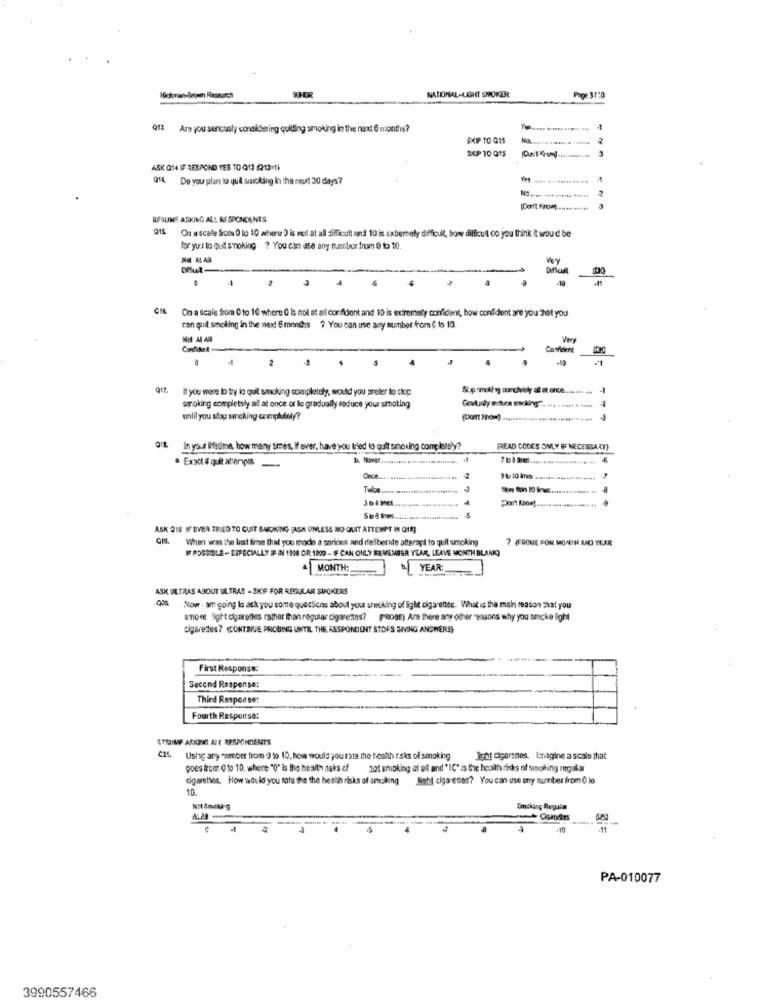
Hfichvan-Brown Research
SHER
NATIONAL-LIGHT SMOKER
Proe 31"D
012
Are you seriously considering quitting smoking in the next 6 months?
SKIP TO Q15
SKIP 10 Q15
ASK Q14 IF RESPOND TES TO Q13 (013-11
Q14 Do you plan to qui sarcking in the next 30 days?
RESUME ASKING ALL RESPONCENTS
215 Ou a scafle frons 0 to 10 where 0 is mol at all difficult and 10 is extremely difficult, how difficult co you think it woud be
for you lo quit smoking ? You can use any nurbur from 0 to 10.
-
.
3
On a scale from 0 to 10 where 0 is not at all cor fidont and 10 is extremely confidant, how confident are you that you
con quit smoking in the next 6 months ? You can use any number from 0 to 10.
Confidurt
Cosficient
.
It you were to try lo quit smoking completely, would you prefer to stop
-
Govlundly moura mocking".
smoking completely all at once or lo gradually reduce your smoking
unlil you stop sincking comphudol/?
(PoTt Nnom)
Q/L In your IHaulme, how many times, If ever, have you tried to quit smoking completely?
READ COCES ONLY IF NECESSARY?
· Exact & quitatemps -
Once
ASK Q19 IFEVER TRIED TO CUST &MOKING (ASK UNLESS NO QUIT ATTEMPT IN O1E)
When was the last fimne that you modo a serious and deliberate atterapi to quit smoking
7 FFROUE FOR MONTH AND YEAR
IF POSSIBLE - ESPECIALLY IF IN 198 OR 1909 - IF CAN ONLY REMEMBER YEAR, LEAVE MONTH BLANKQ
MONTH:
1YEAR:
ASK ULTRAS ABOUT ULTRAS - SKÉ FOR REGULAR SMOKERS
Now . am going lo ask you some questions about your shocking of light cigaretter. What is the main reason hat you
smore light cigarettes rather than regular cigarettes? FADBE) Are there any other "posons why you smcke light
cigarettes? (CONTINUE PROBING UNTIL THE RESPONDENT STOFS SIVING ANSWERS)
First Response:
Second Response:
Third Response:
Fourth Response:
RESIMF ARING ALE RESPONDENTS
C2L
Ushe ary "amber from 0 to 10, how would you rate the featth risks of smoking
Ight cigarsnes. Inagine a scale that
goes from 0 to 10. where "0" is tho health risks of
not smoking af ell and "IÇ" is the health risks of smoking regular
cigaretses. How would you tato the the health risks of smoking Mohl cigareses? You can use any number from 0 lo
10.
Emcking Requin
+10
PA-010077
3990557466